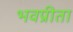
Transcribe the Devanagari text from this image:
भवप्रीता